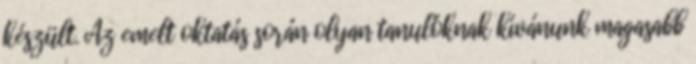
készült. Az emelt oktatás során olyan tanulóknak kívánunk magasabb